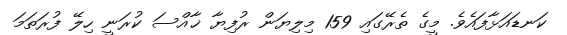
ކަނޑައަޅާފައެވެ. މީގެ ތެރޭގައި 159 މިލިޔަން ރުފިޔާ ޚާއްސަ ކުރަނީ ހިލޭ ފުރަތަމަ